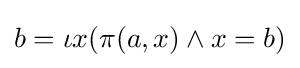
b=\iota x(\pi (a,x)\land x=b)